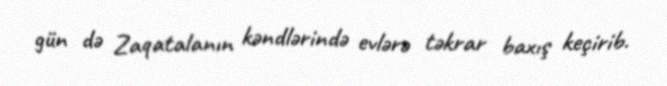
gün də Zaqatalanın kəndlərində evlərə təkrar baxış keçirib.